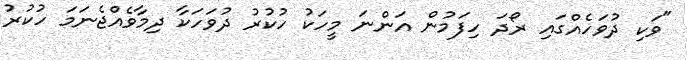
"ވަކި ދުވަހެއްގައި ރޯދަ ހިފަމުން އަންނަ މީހަކު ހުކުރު ދުވަހަކާ ދިމާވެއްޖެނަމަ ހުކުރު